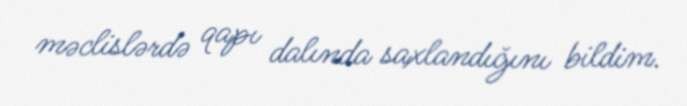
məclislərdə qapı dalında saxlandığını bildim.